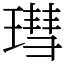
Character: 㻰